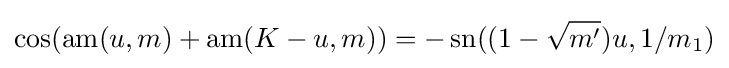
\cos(\operatorname {am} (u,m)+\operatorname {am} (K-u,m))=-\operatorname {sn} ((1-{\sqrt {m'}})u,1/m_{1})